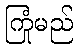
ကြုံမည်